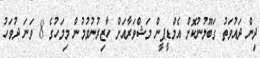
ދިން ދައުވަތު ގަބޫލުނުކޮށް އެމްޑީޕީން މަޝްވަރާއަށް ހާޒިރުނުވުމުން މިމަހުގެ 8 ވަނަ ދުވަހު